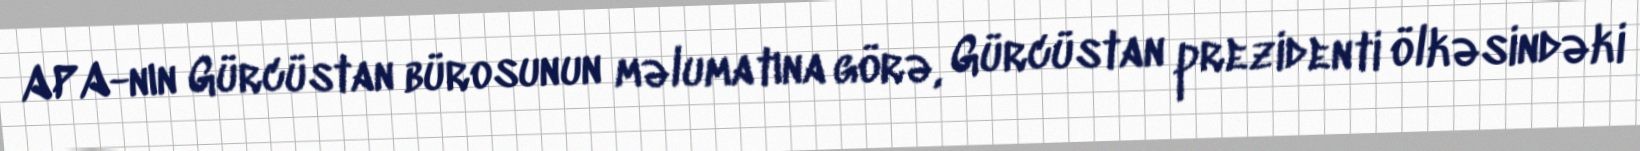
APA-nın Gürcüstan bürosunun məlumatına görə, Gürcüstan prezidenti ölkəsindəki